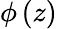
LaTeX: \phi\left(z\right)